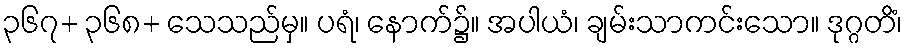
၃၆၇+ ၃၆၈+ သေသည်မှ။ ပရံ၊ နောက်၌။ အပါယံ၊ ချမ်းသာကင်းသော။ ဒုဂ္ဂတိံ၊